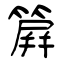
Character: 簈